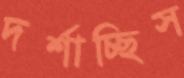
দর্শাচ্ছিস